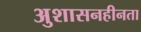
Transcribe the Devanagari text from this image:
अुशासनहीनता